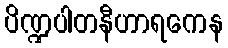
ပိဏ္ဍပါတနီဟာရကေန